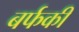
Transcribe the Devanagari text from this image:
बर्फकी